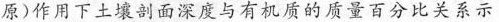
原)作用下土壤剖面深度与有机质的质量百分比关系示